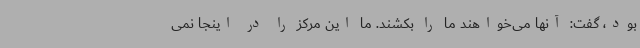
بود، گفت: آنها می‌خواهند ما را بکشند. ما این مرکز را در اینجا نمی